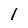
Character: I